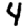
Digit: 4